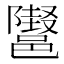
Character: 𲆞